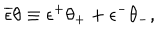
LaTeX: \overline { { { \epsilon } } } \theta \equiv \epsilon ^ { + } \theta _ { + } + \epsilon ^ { - } \theta _ { - } ,